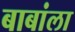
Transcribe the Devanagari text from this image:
बाबांला